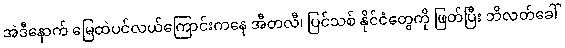
အဲဒီနောက် မြေထဲပင်လယ်ကြောင်းကနေ အီတလီ၊ ပြင်သစ် နိုင်ငံတွေကို ဖြတ်ပြီး ဘိလတ်ခေါ်